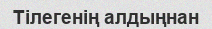
Тілегенің алдыңнан